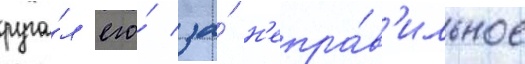
руга́л его́ за́ н'епра́в'ильное